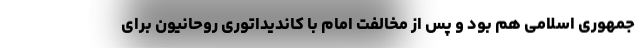
جمهوری اسلامی هم بود و پس از مخالفت امام با کاندیداتوری روحانیون برای